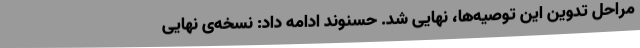
مراحل تدوین این توصیه‌ها، نهایی شد. حسنوند ادامه داد: نسخه‌ی نهایی